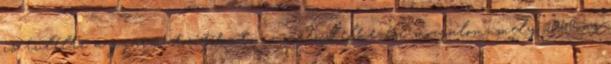
is túlélte a gyarmatosítókat, az önrendelkezési mozgalom, mely 1960-as